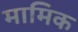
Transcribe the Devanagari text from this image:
मामिक